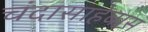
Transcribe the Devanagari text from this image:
चंदासाहेबास